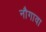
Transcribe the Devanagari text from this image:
नौगावा